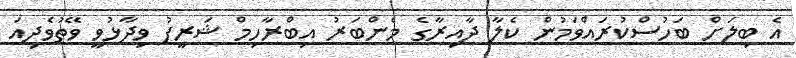
އެ ބިލަށް ބަހުސްކުރައްވަމުން ކެލާ ދާއިރާގެ މެންބަރު އިބްރާހިމް ޝަރީފު ވިދާޅުވީ ވޭތުވެދިއަ